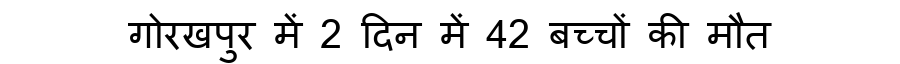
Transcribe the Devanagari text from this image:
गोरखपुर में 2 दिन में 42 बच्चों की मौत